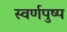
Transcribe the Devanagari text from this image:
स्वर्णपुष्प